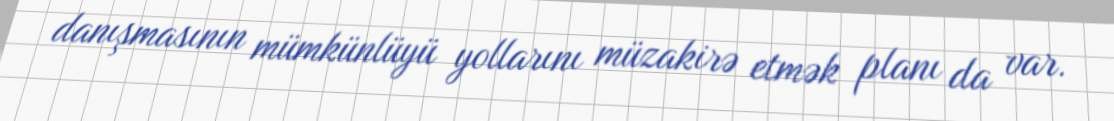
danışmasının mümkünlüyü yollarını müzakirə etmək planı da var.